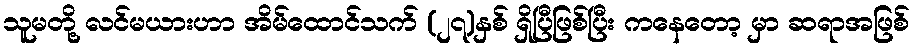
သူမတို့ လင်မယားဟာ အိမ်ထောင်သက် (၂၇)နှစ် ရှိပြီဖြစ်ပြီး ကနေတော့ မှာ ဆရာအဖြစ်